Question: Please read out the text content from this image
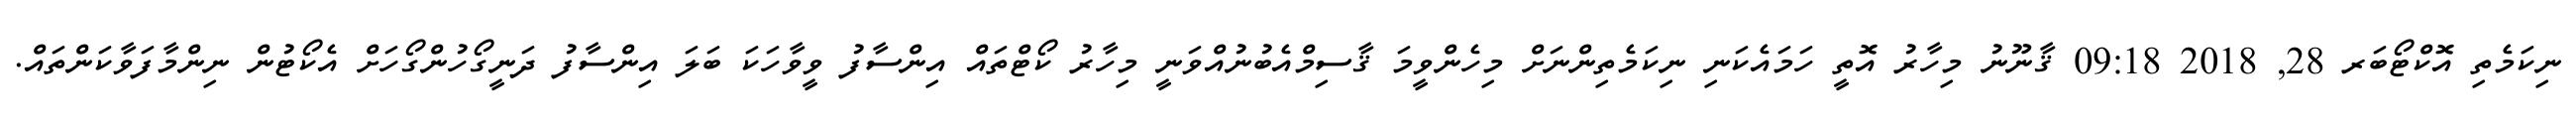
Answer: ނިކަމެތި އޮކްޓޯބަރ 28, 2018 09:18 ޤާނޫނު މިހާރު އޮތީ ހަމައެކަނި ނިކަމެތިންނަށް މިހެންވީމަ ޤާސިމްއެބުނުއްވަނީ މިހާރު ކޯޓްތައް އިންސާފު ވީވާހަކަ ބަލަ އިންސާފު ދަނީގޯހުންގޯހަށް އެކޯޓުން ނިންމާފަވާކަންތައް.